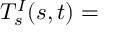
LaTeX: T _ { s } ^ { I } ( s , t ) =